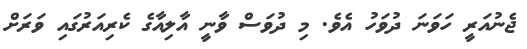
ޖެނުއަރީ ހަވަނަ ދުވަހު އެވެ. މި ދުވަސް ވާނީ އާލިއާގެ ކެރިއަރުގައި ވަރަށް